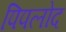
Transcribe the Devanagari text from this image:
पिपलोद